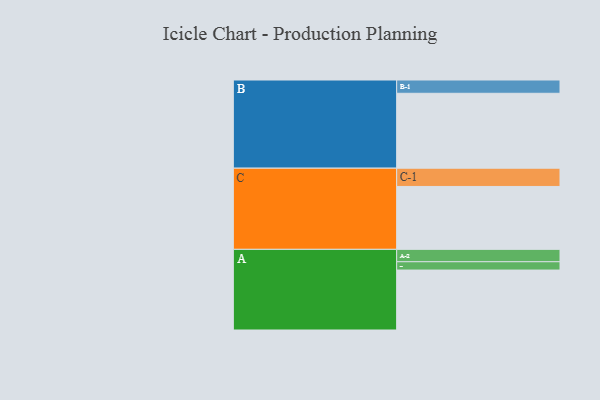
{"axis": {"x": "Segment", "y": "Value"}, "legend": ["", "A", "B", "C"], "data": [{"x": "A", "y": 469, "type": ""}, {"x": "B", "y": 586, "type": ""}, {"x": "C", "y": 492, "type": ""}, {"x": "A-1", "y": 65, "type": "A"}, {"x": "A-2", "y": 97, "type": "A"}, {"x": "B-1", "y": 104, "type": "B"}, {"x": "C-1", "y": 143, "type": "C"}]}